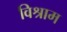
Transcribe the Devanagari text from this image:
विश्राम